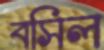
বসিল